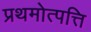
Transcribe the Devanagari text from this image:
प्रथमोत्पत्ति